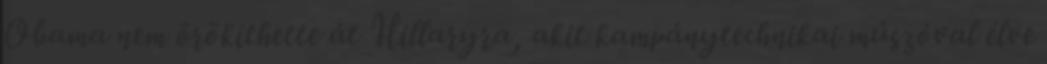
Obama nem örökíthette át Hillaryra, akit kampánytechnikai műszóval élve